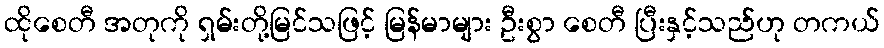
ထိုစေတီ အတုကို ရှမ်းတို့မြင်သဖြင့် မြန်မာများ ဦးစွာ စေတီ ပြီးနှင့်သည်ဟု တကယ်